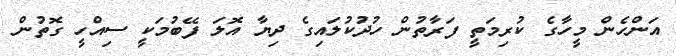
އަންހެން މީހާގެ ކުރިމަތީ ފަރާތުން ހުދުކުލައިގެ ދިޔާ އޮލަ ފޭބުމަކީ ސިއްހީ ގޮތުން